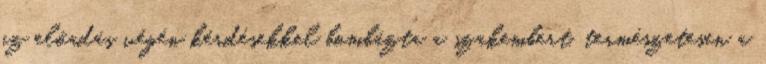
az előadás végén kérdésekkel bombázta a szakembert, természetesen a